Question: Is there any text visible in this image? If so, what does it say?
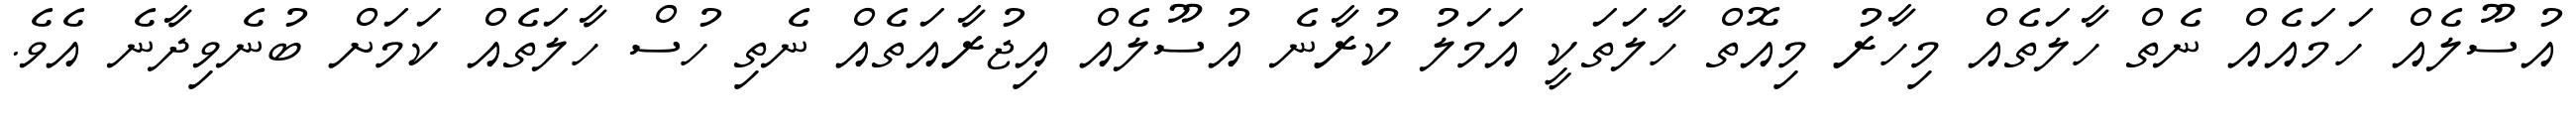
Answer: އުސޫލެއް ހަމައެއް ނެތް ހާލަތެއް މިހާރު މިއޮތް ހާލަތަކީ އަމަލު ކުރާނެ އުސޫލެއް އިޖުރާއަތެއް ނެތި ހުސް ހާލަތެއް ކަމަށް ބުނެވިދާނެ އެވެ.